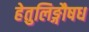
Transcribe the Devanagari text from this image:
हेतुलिङ्गौषध